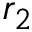
r _ { 2 }